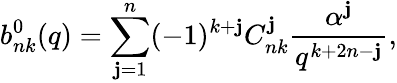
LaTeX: b_{nk}^{0}(q)=\sum_{\mathbf{j}=1}^{n}(-1)^{k+\mathbf{j}}C_{nk}^{\mathbf{j}}\frac{{\alpha^{\mathbf{j}}}}{{q^{k+2n-\mathbf{j}}}},